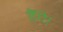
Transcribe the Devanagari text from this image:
हैंगे।